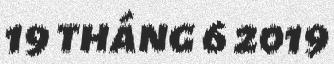
19 tháng 6 2019